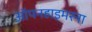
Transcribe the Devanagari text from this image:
ऑपनहाइमरना